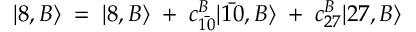
| 8 , B \rangle \; = \; | 8 , B \rangle \; + \; c _ { \bar { 1 0 } } ^ { B } | \bar { 1 0 } , B \rangle \; + \; c _ { 2 7 } ^ { B } | 2 7 , B \rangle